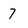
Character: 7